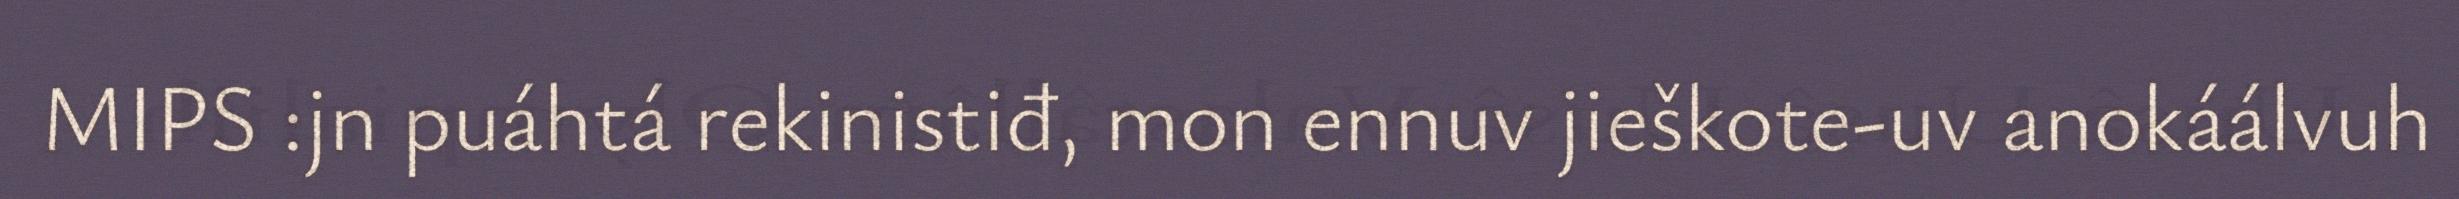
MIPS :jn puáhtá rekinistiđ, mon ennuv jieškote-uv anokáálvuh